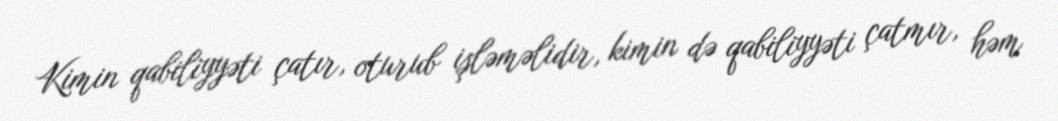
Kimin qabiliyyəti çatır, oturub işləməlidir, kimin də qabiliyyəti çatmır, həm